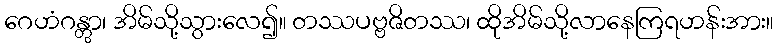
ဂေဟံဂန္တွာ၊ အိမ်သို့သွားလေ၍။ တဿပဗ္ဗဇိတဿ၊ ထိုအိမ်သို့လာနေကြရဟန်းအား။